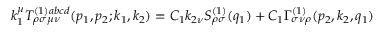
k _ { 1 } ^ { \mu } T _ { \rho \sigma \mu \nu } ^ { ( 1 ) a b c d } ( p _ { 1 } , p _ { 2 } ; k _ { 1 } , k _ { 2 } ) = C _ { 1 } k _ { 2 \nu } S _ { \rho \sigma } ^ { ( 1 ) } ( q _ { 1 } ) + C _ { 1 } \Gamma _ { \sigma \nu \rho } ^ { ( 1 ) } ( p _ { 2 } , k _ { 2 } , q _ { 1 } )